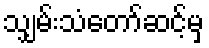
သျှမ်းသံတော်ဆင့်မှ